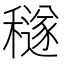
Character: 穟